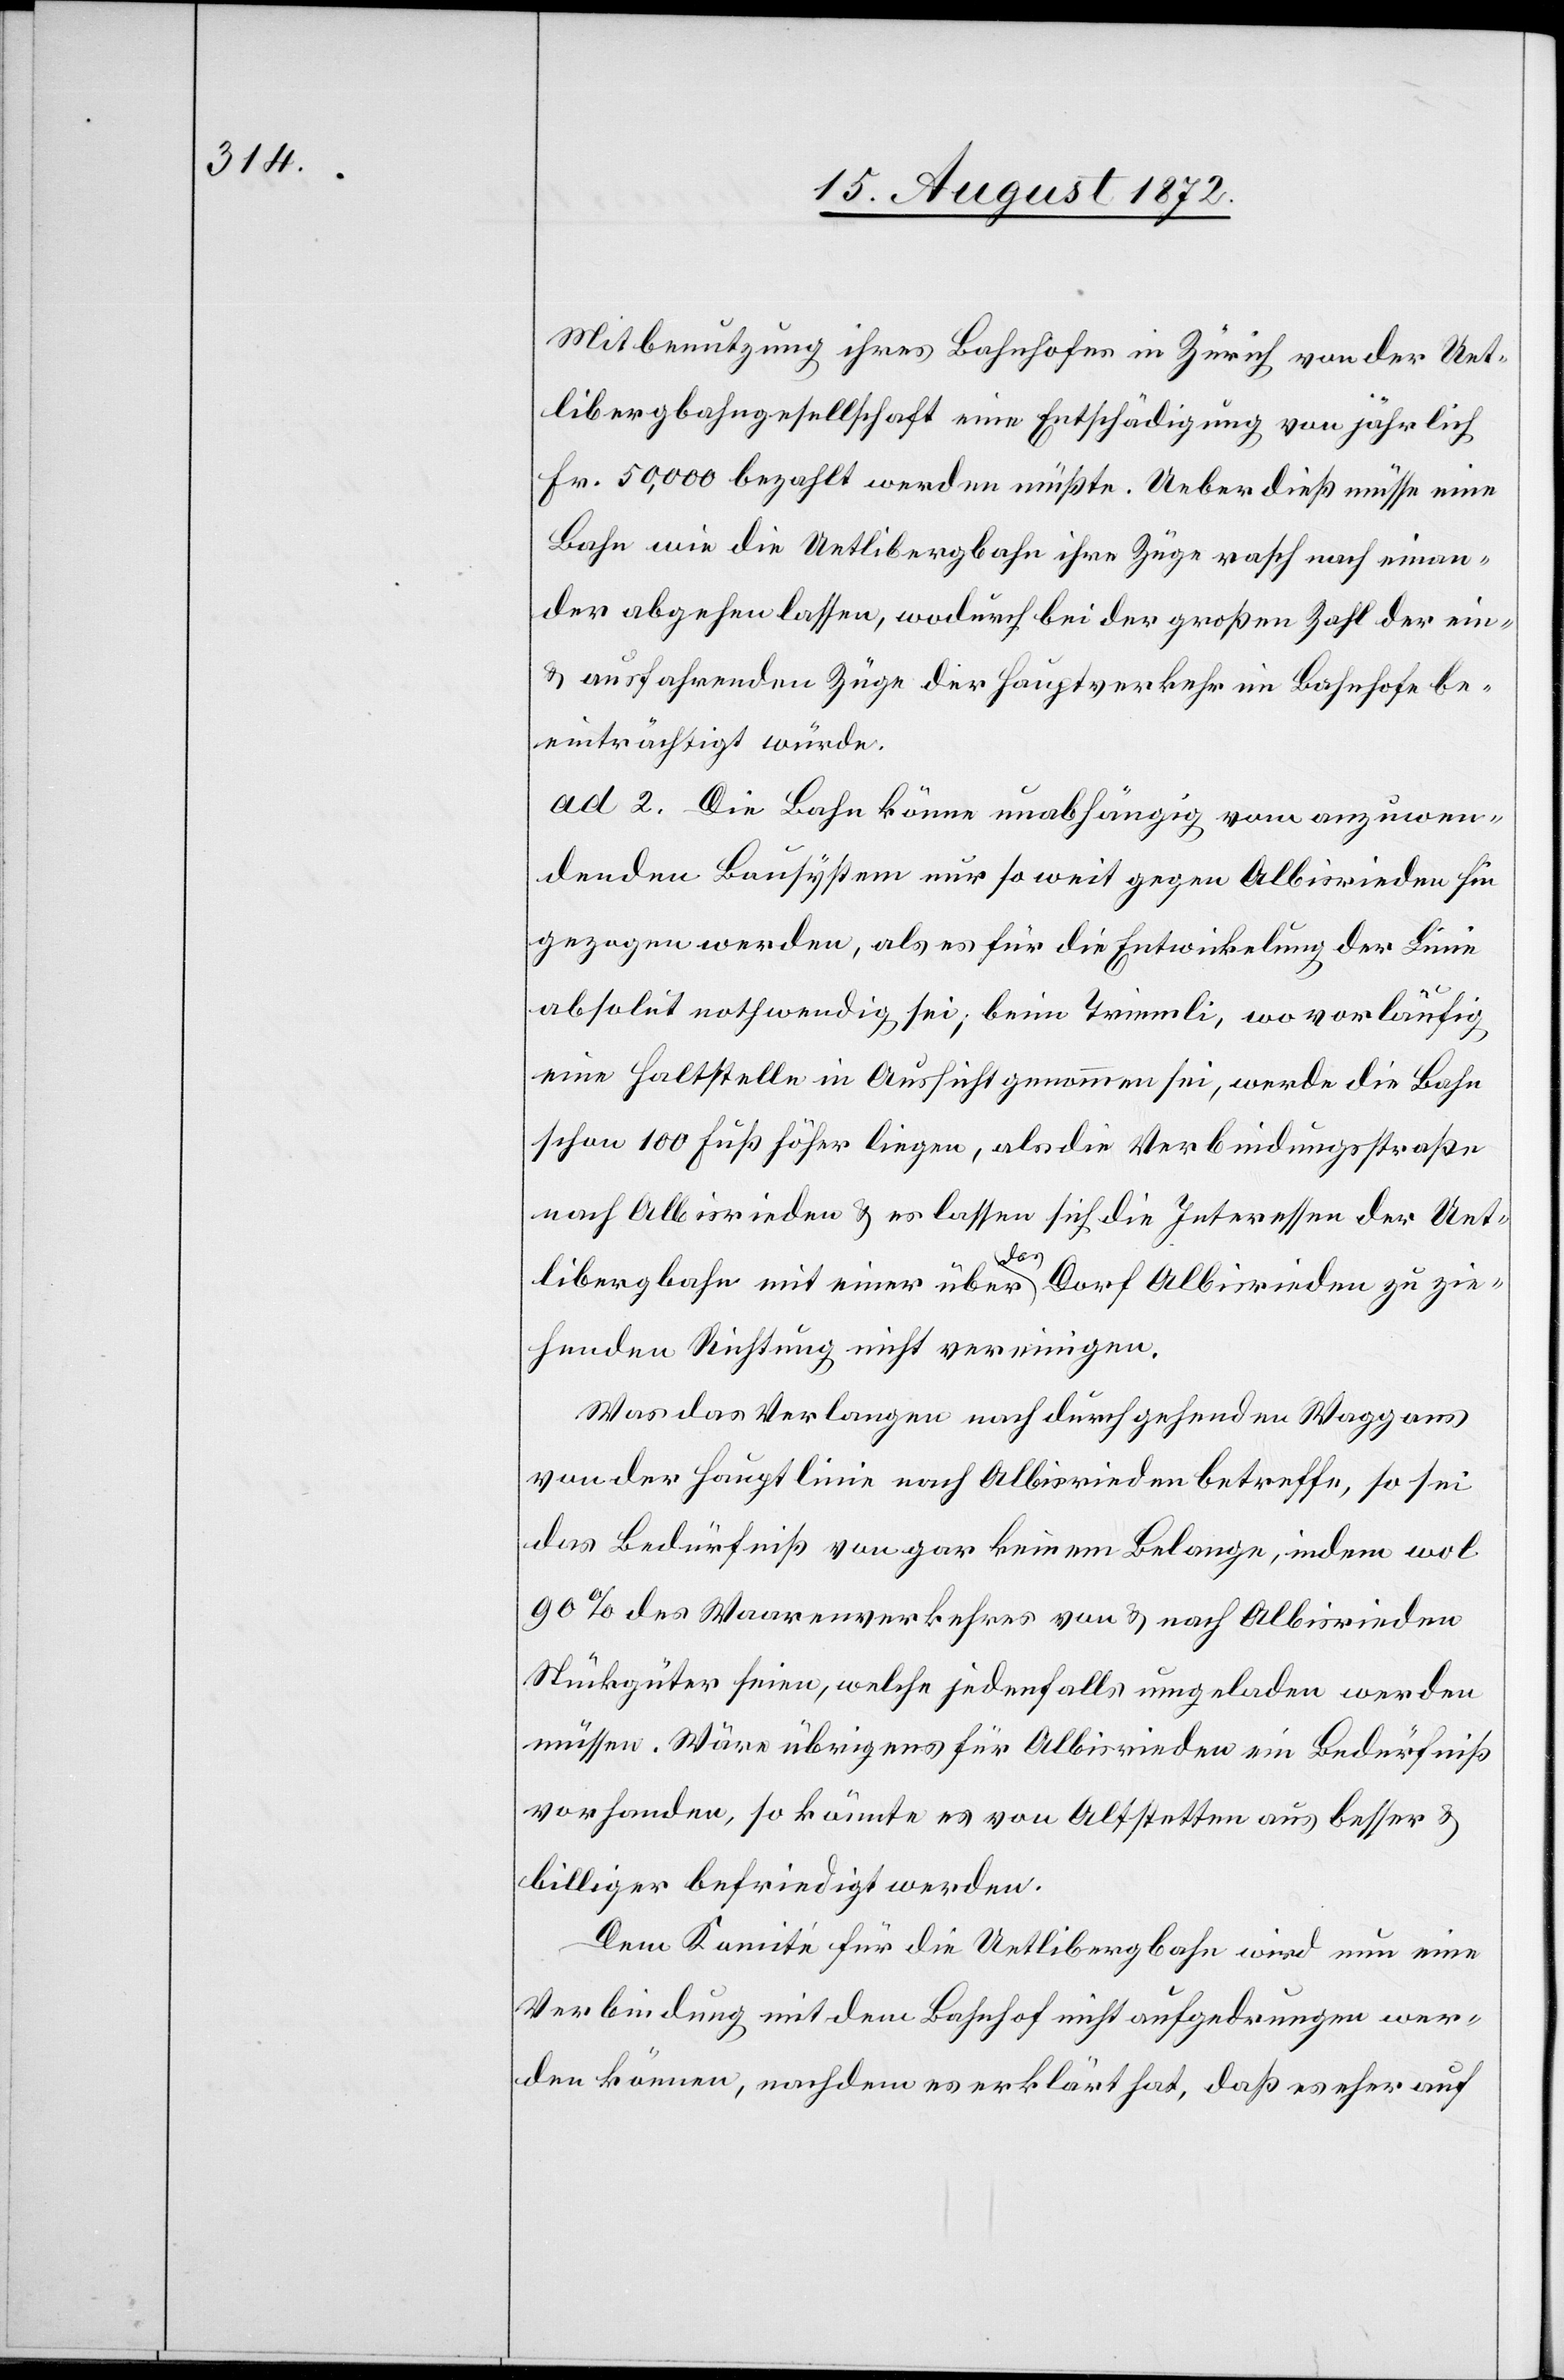
Mitbenutzung ihres Bahnhofes in Zürich von der Uet¬
libergbahngesellschaft eine Entschädigung von jährlich
Fr. 50,000 bezahlt werden müßte. Ueberdieß müsse eine
Bahn wie die Uetlibergbahn ihre Züge rasch nach einan¬
der abgehen lassen, wodurch bei der großen Zahl der ein-
u. ausfahrenden Züge der Hauptverkehr im Bahnhofe be¬
einträchtigt würde.
ad 2. Die Bahn könne unabhängig vom anzuwen¬
denden Bausystem nur so weit gegen Albisrieden hin
gezogen werden, als es für die Entwickelung der Linie
absolut nothwendig sei; beim Triemli, wo vorläufig
eine Haltstelle in Aussicht genommen sei, werde die Bahn
schon 100 Fuß höher liegen, als die Verbindungsstraße
nach Albisrieden u. es lassen sich die Interessen der Uet¬
libergbahn mit einer über das Dorf Albisrieden zu zie¬
henden Richtung nicht vereinigen.
Was das Verlangen nach durchgehenden Waggons
von der Hauptlinie nach Albisrieden betreffe, so sei
das Bedürfnis von gar keinem Belange, indem wol
90% des Waarenverkehres von u. nach Albisrieden
Stückgüter seien, welche jedenfalls umgeladen werden
müssen. Wäre übrigens für Albisrieden ein Bedürfniß
vorhanden, so könnte es von Altstetten aus besser u.
billiger befriedigt werden.
Dem Komité für die Uetlibergbahn wird nun eine
Verbindung mit dem Bahnhof nicht aufgedrungen wer¬
den können, nachdem es erklärt hat, daß es eher auf